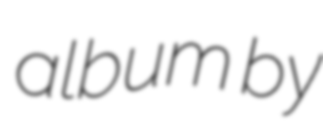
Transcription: album by